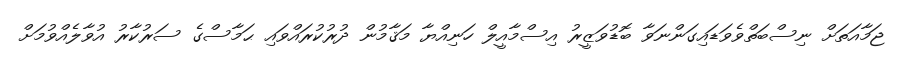
ޖަމާއަތަށް ނިސްބަތްވެވަޑައިގަންނަވާ ބޮޑުވަޒީރު އިސްމާއީލް ހަނިއްޔާ މަޤާމުން ދުރުކުރައްވައި ޙަމާސްގެ ސަރުކާރު އުވާލެއްވުމަށް